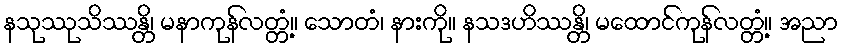
နသုဿုသိဿန္တိ၊ မနာကုန်လတ္တံ့။ သောတံ၊ နားကို။ နသဒဟိဿန္တိ၊ မထောင်ကုန်လတ္တံ့။ အညာ